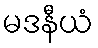
မဒနီယံ